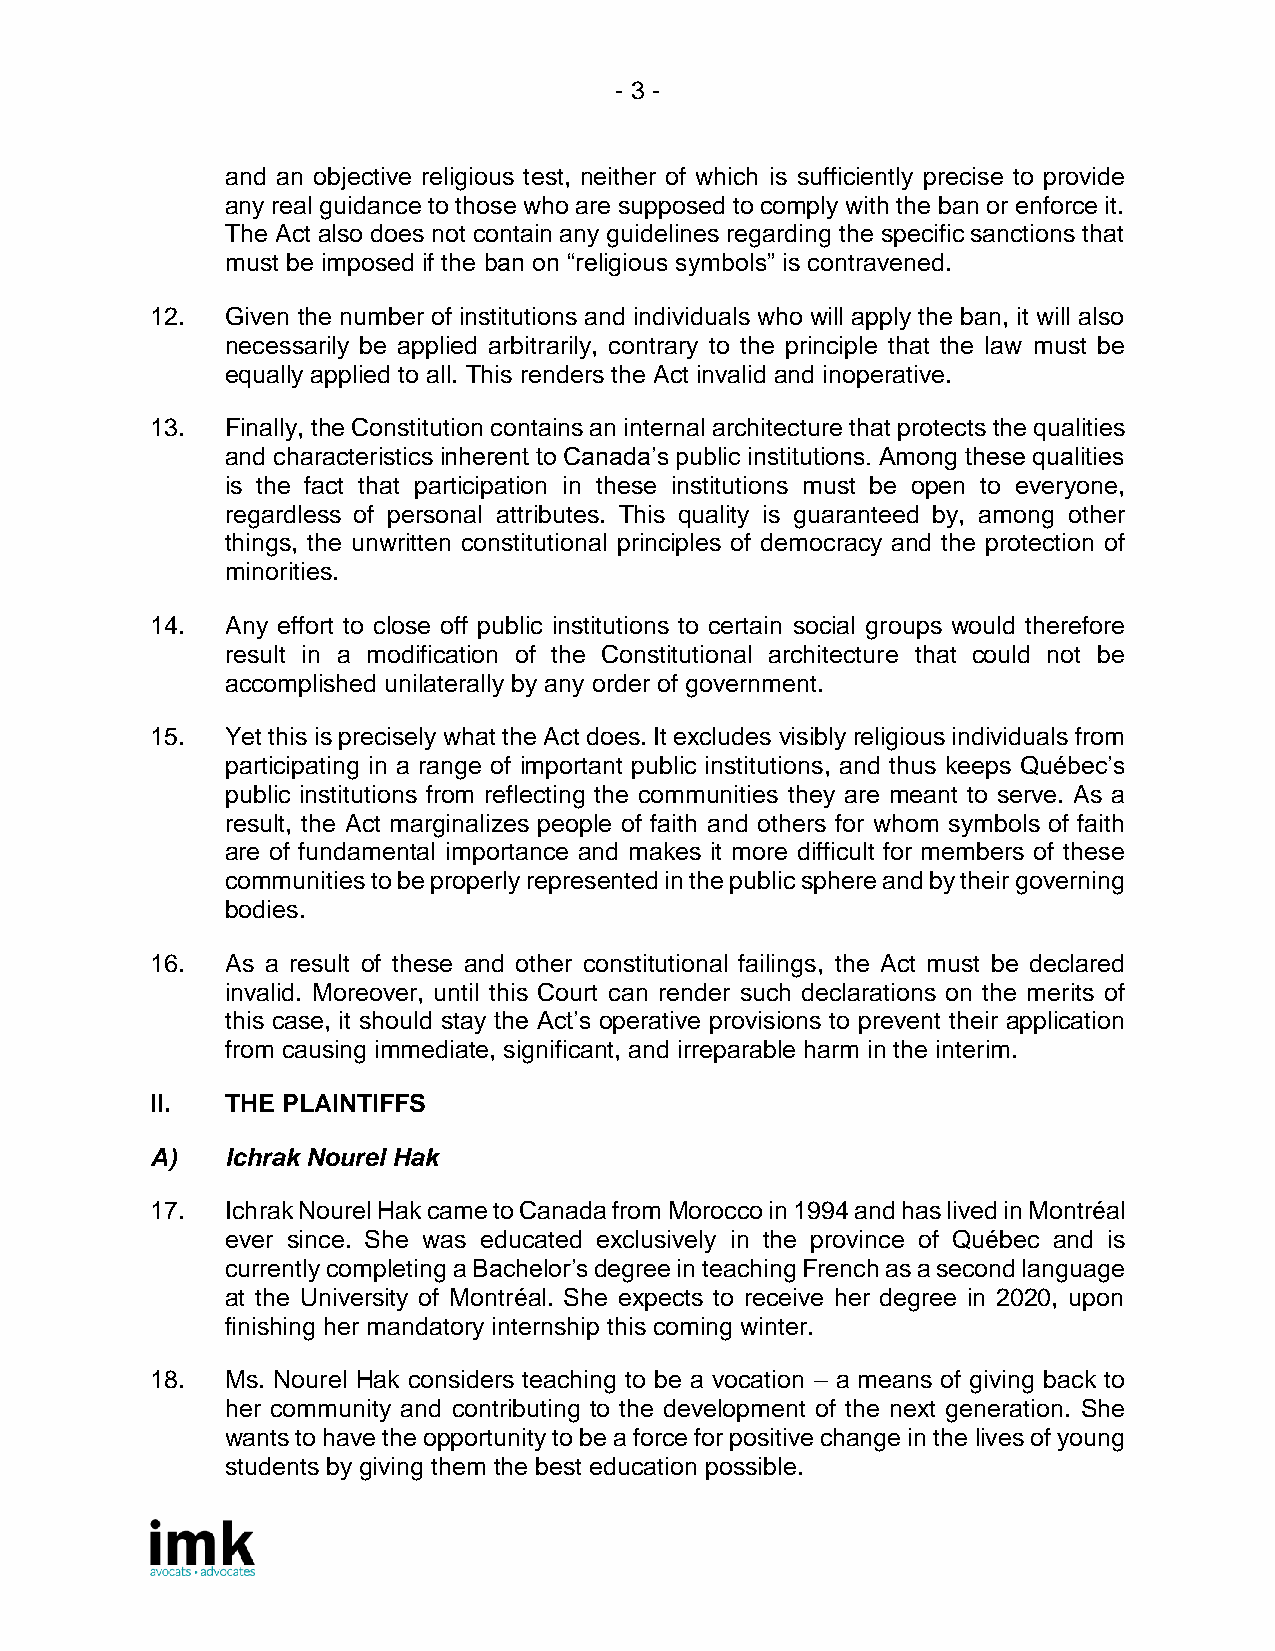
- 3 -
 and an objective religious test, neither of which is sufficiently precise to provide
 any real guidance to those who are supposed to comply with the ban or enforce it.
 The Act also does not contain any guidelines regarding the specific sanctions that
 must be imposed if the ban on “religious symbols” is contravened.
 12.  Given the number of institutions and individuals who will apply the ban, it will also
 necessarily be applied arbitrarily, contrary to the principle that the law must be
 equally applied to all. This renders the Act invalid and inoperative.
 13.  Finally, the Constitution contains an internal architecture that protects the qualities
 and characteristics inherent to Canada’s public institutions. Among these qualities
 is the fact that participation in these institutions must be open to everyone,
 regardless of personal attributes. This quality is guaranteed by, among other
 things, the unwritten constitutional principles of democracy and the protection of
 minorities.
 14.  Any effort to close off public institutions to certain social groups would therefore
 result in a modification of the Constitutional architecture that could not be
 accomplished unilaterally by any order of government.
 15.  Yet this is precisely what the Act does. It excludes visibly religious individuals from
 participating in a range of important public institutions, and thus keeps Québec’s
 public institutions from reflecting the communities they are meant to serve. As a
 result, the Act marginalizes people of faith and others for whom symbols of faith
 are of fundamental importance and makes it more difficult for members of these
 communities to be properly represented in the public sphere and by their governing
 bodies.
 16.  As a result of these and other constitutional failings, the Act must be declared
 invalid. Moreover, until this Court can render such declarations on the merits of
 this case, it should stay the Act’s operative provisions to prevent their application
 from causing immediate, significant, and irreparable harm in the interim.
 II.  THE PLAINTIFFS
 A)   Ichrak Nourel Hak
 17.  Ichrak Nourel Hak came to Canada from Morocco in 1994 and has lived in Montréal
 ever since. She was educated exclusively in the province of Québec and is
 currently completing a Bachelor’s degree in teaching French as a second language
 at the University of Montréal. She expects to receive her degree in 2020, upon
 finishing her mandatory internship this coming winter.
 18.  Ms. Nourel Hak considers teaching to be a vocation – a means of giving back to
 her community and contributing to the development of the next generation. She
 wants to have the opportunity to be a force for positive change in the lives of young
 students by giving them the best education possible.